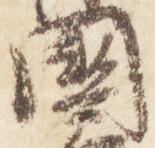
国